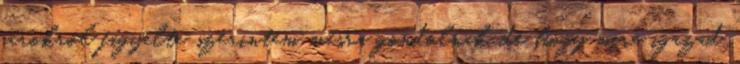
sarokról figyelte szerintem másra gondolnak, de hogy mire igazad